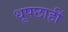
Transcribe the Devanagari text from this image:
धूपछाहीं